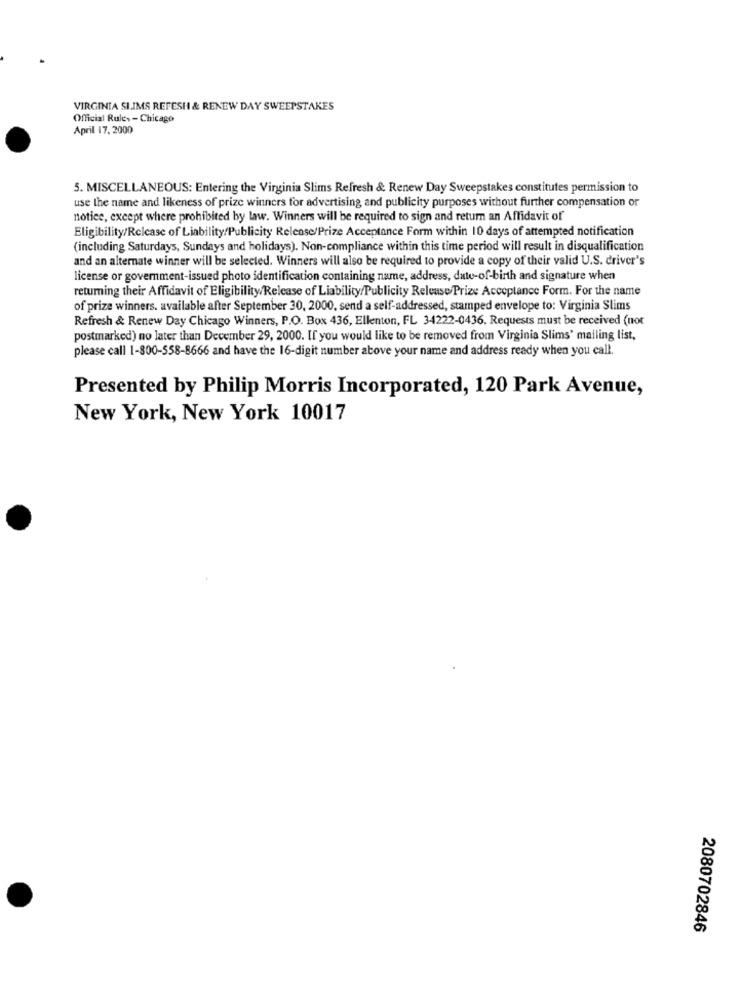
VIRGINIA SLIMS RETESH & RENEW DAY SWEEPSTAKES
Official Rules -Chicago
April 17. 2000
5. MISCELLANEOUS: Entering the Virginia Slims Refresh & Renew Day Sweepstakes constitutes permission to
use the name and likeness of prize winners for advertising and publicity purposes without further compensation or
notice, except where prohibited by law. Winners will be required to sign and return an Affidavit of
Eligibility/Relcase of Liability/Publicity Release/Prize Acceptance Form within 10 days of attempted notification
(including Saturdays, Sundays and holidays). Non-compliance within this time period will result in disqualification
and an alternate winner will be selected. Winners will also be required to provide a copy of their valid U.S. driver's
license or government-issued photo identification containing name, address, date-of-birth and signature when
returning their Affidavit of Eligibility/Release of Liability/Publicity Release Prize Acceptance Form. For the name
of prize winners. available after September 30, 2000, send a self-addressed, stamped envelope to: Virginia Slims
Refresh & Renew Day Chicago Winners, P.O. Box 436, Ellenton, FL 34222-0436. Requests must be received (not
postmarked) no later than December 29, 2000. If you would like to be removed from Virginia Slims' mailing list,
please call 1-800-558-8666 and have the 16-digit number above your name and address ready when you call.
Presented by Philip Morris Incorporated, 120 Park Avenue,
New York, New York 10017
2080702846